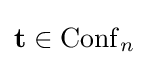
\mathbf {t} \in \mathrm {Conf} _{n}